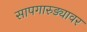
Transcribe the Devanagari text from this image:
सापगारुड्यावर